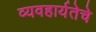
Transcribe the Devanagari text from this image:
व्यवहार्यतेचे